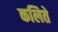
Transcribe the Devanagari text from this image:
कलिते